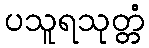
ပသူရသုတ္တံ